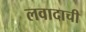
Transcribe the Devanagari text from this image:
लवादाची